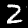
Digit: 2